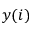
y ( i )